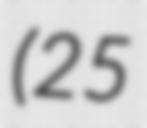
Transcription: (25